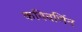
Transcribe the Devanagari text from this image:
कविवर्णित